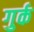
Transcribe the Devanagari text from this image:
गुर्क